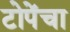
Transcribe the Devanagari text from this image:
टोपेंचा